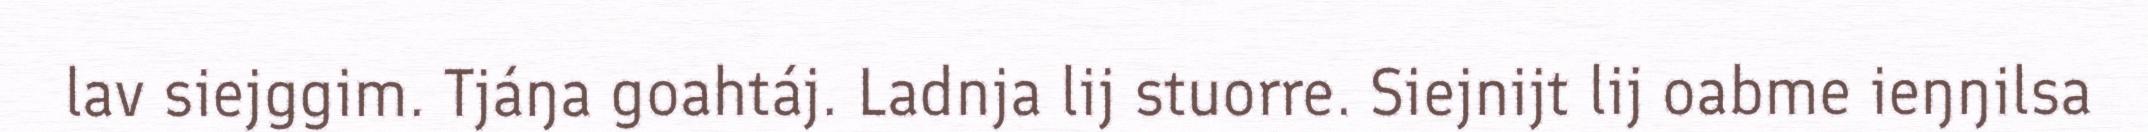
lav siejggim. Tjáŋa goahtáj. Ladnja lij stuorre. Siejnijt lij oabme ieŋŋilsa